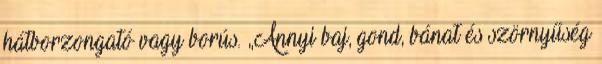
hátborzongató vagy borús. „Annyi baj, gond, bánat és szörnyűség